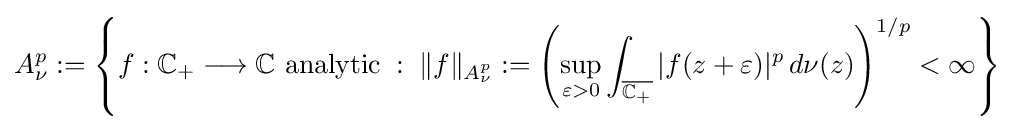
A_{\nu }^{p}:=\left\{f:\mathbb {C} _{+}\longrightarrow \mathbb {C} {\text{ analytic}}\;:\;\|f\|_{A_{\nu }^{p}}:=\left(\sup _{\varepsilon >0}\int _{\overline {\mathbb {C} _{+}}}|f(z+\varepsilon )|^{p}\,d\nu (z)\right)^{1/p}<\infty \right\}